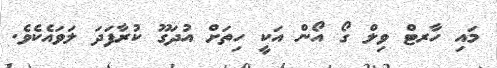
މައި ހާރޓް ވިލް ގޯ އޯން އަކީ ހިތަށް އުދަގޫ ކުރާފަދަ ލަވައެކެވެ.